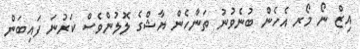
އިޒް ނޯ މޯރ އެހެން ބުނެވުނު ތަނާހެން ޔާޝްގެ ލޮލުންވެސް ކަރުނަ ފައިބަން